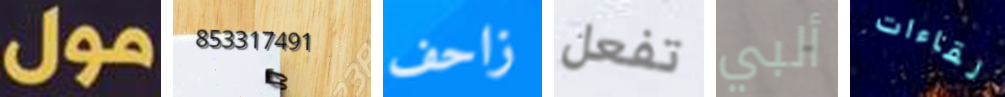
مول 853317491 زاحف تفعل ألبي لقاءات